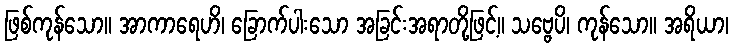
ဖြစ်ကုန်သော။ အာကာရေဟိ၊ ခြောက်ပါးသော အခြင်းအရာတို့ဖြင့်။ သဗ္ဗေပိ၊ ကုန်သော။ အရိယာ၊